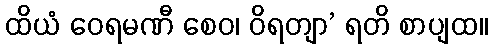
ထိယံ ဝေရမဏီ စေဝ၊ ဝိရတျာ’ ရတိ စာပျထ။